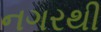
નગરથી